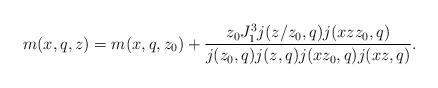
LaTeX: \begin{align*} m(x, q, z) = m(x, q, z_0) + \frac{z_0 J_1^3 j(z / z_{0}, q) j(x z z_{0}, q)}{j(z_0, q) j(z, q) j(xz_0, q) j(xz, q)}.\end{align*}